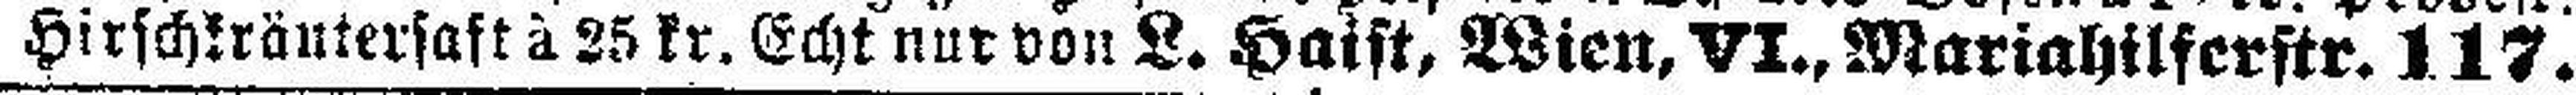
Hirschkräutersaft à 25 kr. Echt nur von L. Haift, Wien, VI., Mariahilferstr. 117.